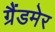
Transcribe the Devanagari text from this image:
ग्रैंडमेर